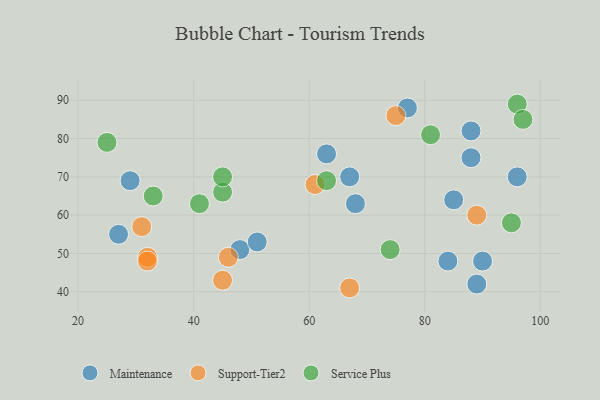
{"axis": {"x": "GDP", "y": "Life Expectancy"}, "legend": ["Maintenance", "Service Plus", "Support-Tier2"], "data": [{"x": "48", "y": 51, "type": "Maintenance"}, {"x": "89", "y": 42, "type": "Maintenance"}, {"x": "63", "y": 76, "type": "Maintenance"}, {"x": "88", "y": 82, "type": "Maintenance"}, {"x": "88", "y": 75, "type": "Maintenance"}, {"x": "90", "y": 48, "type": "Maintenance"}, {"x": "51", "y": 53, "type": "Maintenance"}, {"x": "84", "y": 48, "type": "Maintenance"}, {"x": "96", "y": 70, "type": "Maintenance"}, {"x": "29", "y": 69, "type": "Maintenance"}, {"x": "67", "y": 70, "type": "Maintenance"}, {"x": "77", "y": 88, "type": "Maintenance"}, {"x": "27", "y": 55, "type": "Maintenance"}, {"x": "85", "y": 64, "type": "Maintenance"}, {"x": "68", "y": 63, "type": "Maintenance"}, {"x": "32", "y": 49, "type": "Support-Tier2"}, {"x": "75", "y": 86, "type": "Support-Tier2"}, {"x": "31", "y": 57, "type": "Support-Tier2"}, {"x": "32", "y": 48, "type": "Support-Tier2"}, {"x": "89", "y": 60, "type": "Support-Tier2"}, {"x": "45", "y": 43, "type": "Support-Tier2"}, {"x": "46", "y": 49, "type": "Support-Tier2"}, {"x": "61", "y": 68, "type": "Support-Tier2"}, {"x": "67", "y": 41, "type": "Support-Tier2"}, {"x": "25", "y": 79, "type": "Service Plus"}, {"x": "33", "y": 65, "type": "Service Plus"}, {"x": "95", "y": 58, "type": "Service Plus"}, {"x": "45", "y": 66, "type": "Service Plus"}, {"x": "45", "y": 70, "type": "Service Plus"}, {"x": "96", "y": 89, "type": "Service Plus"}, {"x": "97", "y": 85, "type": "Service Plus"}, {"x": "74", "y": 51, "type": "Service Plus"}, {"x": "41", "y": 63, "type": "Service Plus"}, {"x": "81", "y": 81, "type": "Service Plus"}, {"x": "63", "y": 69, "type": "Service Plus"}]}